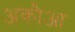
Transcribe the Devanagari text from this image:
अकौआ